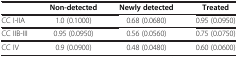
|  | Non-detected | Newly detected | Treated |
 | --- | --- | --- | --- |
 | CC I-IIA | 1.0 (0.1000) | 0.68 (0.0680) | 0.95 (0.0950) |
 | CC IIB-III | 0.95 (0.0950) | 0.56 (0.0560) | 0.75 (0.0750) |
 | CC IV | 0.9 (0.0900) | 0.48 (0.0480) | 0.60 (0.0600) |